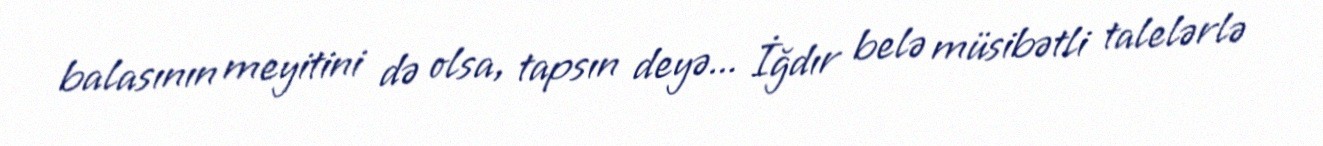
balasının meyitini də olsa, tapsın deyə... İğdır belə müsibətli talelərlə